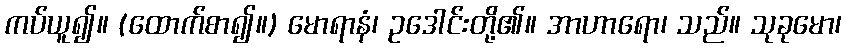
ကပ်ယူ၍။ (ထောက်စာ၍။) မောရာနံ၊ ဥဒေါင်းတို့၏။ အာဟာရော၊ သည်။ သုခုမော၊